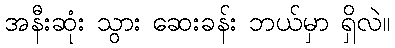
အနီးဆုံး သွား ဆေးခန်း ဘယ်မှာ ရှိလဲ။